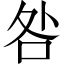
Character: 咎